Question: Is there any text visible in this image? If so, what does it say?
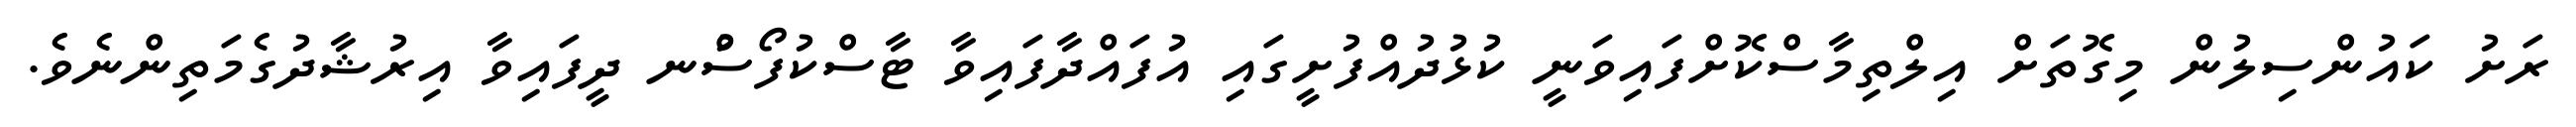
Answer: ރަށު ކައުންސިލުން މިގޮތަށް އިލްތިމާސްކޮށްފައިވަނީ ކުޅުދުއްފުށީގައި އުފައްދާފައިވާ ޓާސްކުފޯސުްނ ދީފައިވާ އިރުޝާދުގެމަތިންނެވެ.